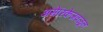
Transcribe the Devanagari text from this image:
अमेरिकेजवळून